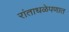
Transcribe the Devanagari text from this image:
रांताधळेपणात